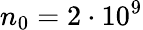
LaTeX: n_{0}=2\cdot 10^{9}